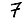
Digit: 7